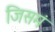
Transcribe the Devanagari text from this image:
जिसमं